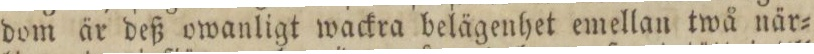
dom är deß owanligt wackra belägenhet emellan twå när=